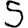
Digit: 5